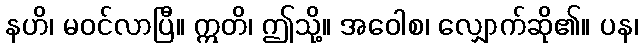
နဟိ၊ မဝင်လာပြီ။ ဣတိ၊ ဤသို့။ အဝေါစ၊ လျှောက်ဆို၏။ ပန၊